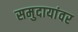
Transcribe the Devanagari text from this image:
समुदायांवर